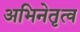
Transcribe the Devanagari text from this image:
अभिनेतृत्व